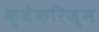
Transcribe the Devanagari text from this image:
क्वेकरिज़्म